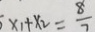
5 \times 1 + x _ { 2 } = \frac { 8 } { 7 }